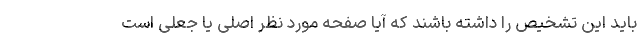
باید این تشخیص را داشته باشند که آیا صفحه مورد نظر اصلی یا جعلی است